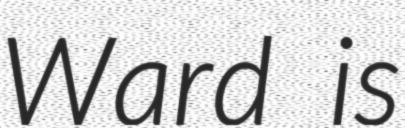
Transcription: Ward is